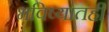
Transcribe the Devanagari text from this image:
भविष्यातही